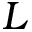
L